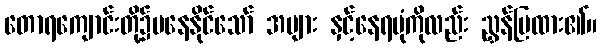
တောရကျောင်းတို့၌မနေနိုင်သော် အများ နှင့်နေရပုံကိုလည်း ညွှန်ပြထား၏။